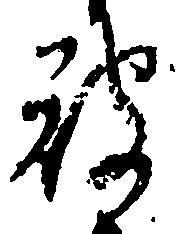
被